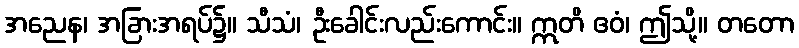
အညေန၊ အခြားအရပ်၌။ သီသံ၊ ဦးခေါင်းလည်းကောင်း။ ဣတိ ဧဝံ၊ ဤသို့။ တတော